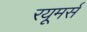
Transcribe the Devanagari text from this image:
रयूमर्स